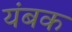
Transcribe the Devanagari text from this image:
यंबक